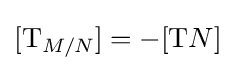
[\mathrm {T} _{M/N}]=-[\mathrm {T} N]